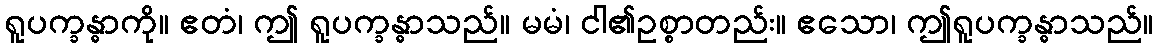
ရူပက္ခန္ဓာကို။ ဧတံ၊ ဤ ရူပက္ခန္ဓာသည်။ မမံ၊ ငါ၏ဥစ္စာတည်း။ ဧသော၊ ဤရူပက္ခန္ဓာသည်။